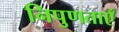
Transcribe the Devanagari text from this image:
निपुणताएँ